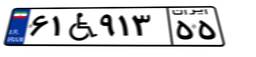
۶۱W۹۱۳۵۵